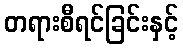
တရားစီရင်ခြင်းနှင့်